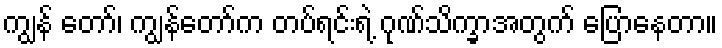
ကျွန် တော်၊ ကျွန်တော်က တပ်ရင်းရဲ့ ဂုဏ်သိက္ခာအတွက် ပြောနေတာ။